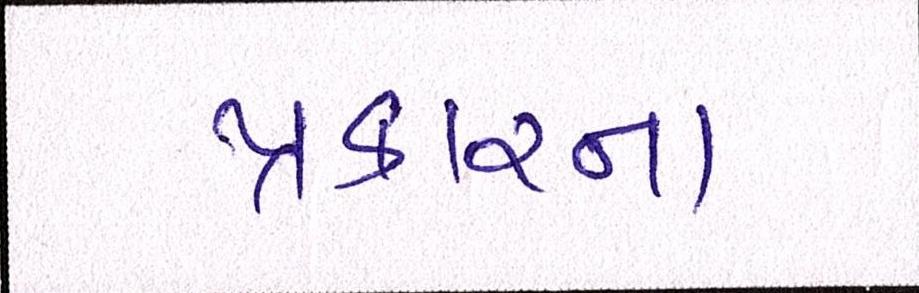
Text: પ્રકારના